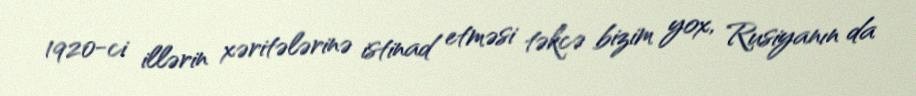
1920-ci illərin xəritələrinə istinad etməsi təkcə bizim yox, Rusiyanın da